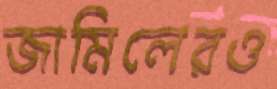
জামিলেরও